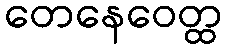
တေနေဝေတ္ထ